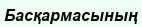
Басқармасының